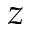
z